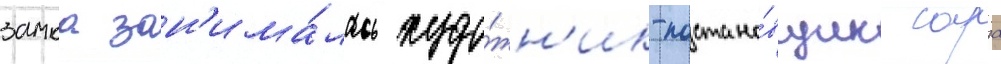
замка зан'има́лась худо́жн'ик-постано́вщик сара